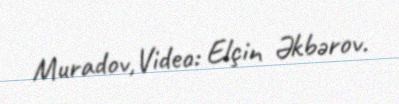
Muradov,Video: Elçin Əkbərov.